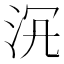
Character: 𣳞